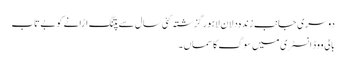
دوسری جانب زندہ دلان لاہور گزشتہ کئی سال سے پتنگ اڑانے کو بے تاب
بالی ووڈ انسٹری میں سوگ کا سماں ۔